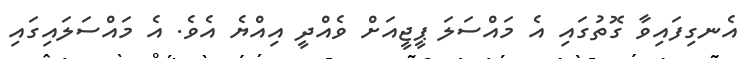
އެނގިފައިވާ ގޮތުގައި އެ މައްސަލަ ޕީޖީއަށް ވެއްދީ އިއްޔެ އެވެ. އެ މައްސަލައިގައި